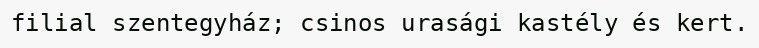
filial szentegyház; csinos urasági kastély és kert.